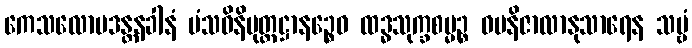
ကေသလောမဒန္တနခါနံ မံသဝိနိမုတ္တဋ္ဌာနဉ္စေဝ ထဒ္ဓသုက္ခစမ္မဉ္စ ဓမနိဇာလာနုသာရေန သဗ္ဗံ